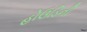
હોઉડિની